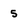
Character: 5